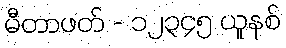
မီတာဖတ် - ၁၂၃၄၅ ယူနစ်